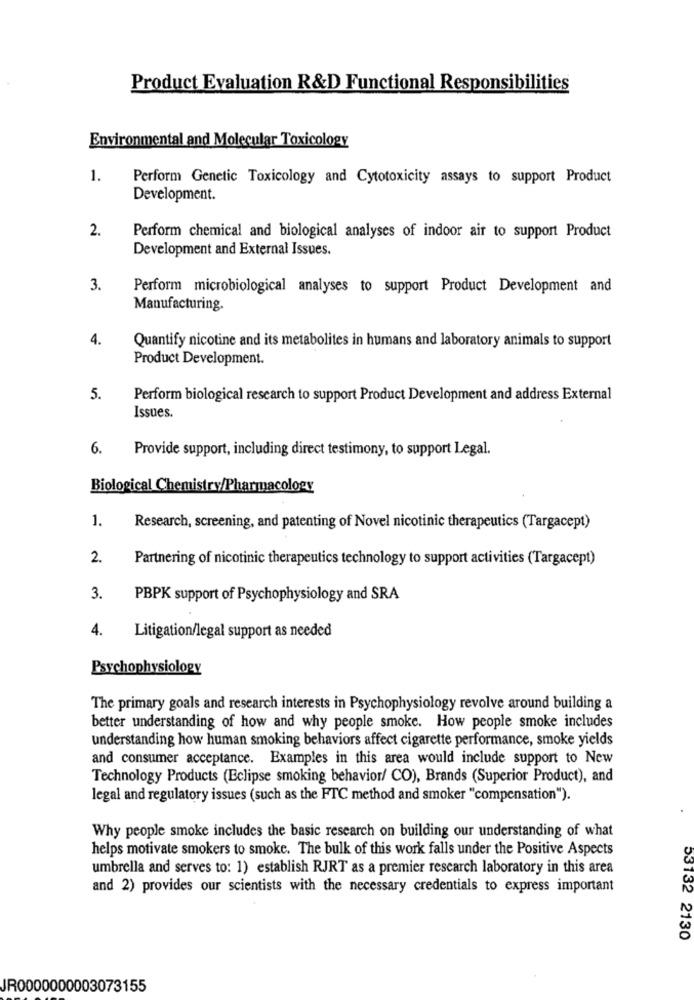
Product Evaluation R&D Functional Responsibilities
Environmental and Molecular Toxicology
1.
Perform Genetic Toxicology and Cytotoxicity assays to support Product
Development.
2.
Perform chemical and biological analyses of indoor air to support Product
Development and External Issues.
3.
Perform microbiological analyses to support Product Development and
Manufacturing.
4.
Quantify nicotine and its metabolites in humans and laboratory animals to support
Product Development.
5.
Perform biological research to support Product Development and address External
Issues.
6.
Provide support, including direct testimony, to support Legal.
Biological Chemistry/Pharmacology
1.
Research, screening, and patenting of Novel nicotinic therapeutics (Targacept)
2.
Partnering of nicotinic therapeutics technology to support activities (Targacept)
3.
PBPK support of Psychophysiology and SRA
4.
Litigation/legal support as needed
Psychophysiology
The primary goals and research interests in Psychophysiology revolve around building a
better understanding of how and why people smoke. How people smoke includes
understanding how human smoking behaviors affect cigarette performance, smoke yields
and consumer acceptance. Examples in this area would include support to New
Technology Products (Eclipse smoking behavior/ CO), Brands (Superior Product), and
legal and regulatory issues (such as the FTC method and smoker "compensation").
Why people smoke includes the basic research on building our understanding of what
helps motivate smokers to smoke. The bulk of this work falls under the Positive Aspects
umbrella and serves to: 1) establish RJRT as a premier research laboratory in this area
and 2) provides our scientists with the necessary credentials to express important
53132 2130
JR0000000003073155